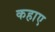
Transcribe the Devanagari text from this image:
कहाए